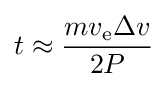
t\approx {\frac {mv_{\text{e}}\Delta v}{2P}}